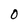
Character: 0